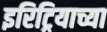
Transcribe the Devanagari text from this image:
इरिट्रियाच्या